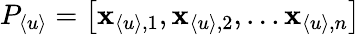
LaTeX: P_{\langle u\rangle}=\left[\mathbf{x}_{\langle u\rangle,1},\mathbf{x}_{\langle u\rangle,2},...\mathbf{x}_{\langle u\rangle,n}\right]